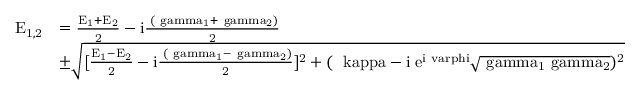
\begin{array} { r l } { \mathrm { E _ { 1 , 2 } } } & { = \mathrm { \frac { E _ { 1 } + E _ { 2 } } { 2 } - i \frac { \hbar { ( \ g a m m a _ { 1 } + \ g a m m a _ { 2 } ) } } { 2 } } } \\ & { \mathrm { \pm \sqrt { [ \frac { E _ { 1 } - E _ { 2 } } { 2 } - i \frac { \hbar ( \ g a m m a _ { 1 } - \ g a m m a _ { 2 } ) } { 2 } ] ^ { 2 } + ( \hbar \ k a p p a - i \hbar e ^ { i \ v a r p h i } \sqrt { \ g a m m a _ { 1 } \ g a m m a _ { 2 } } ) ^ { 2 } } } } \end{array}